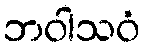
ဘဝါသဝံ